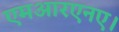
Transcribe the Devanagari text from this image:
एमआरएनए।